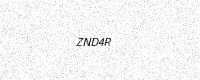
Text: ZND4R